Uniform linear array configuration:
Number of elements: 12
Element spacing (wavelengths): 0.25
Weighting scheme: exponential
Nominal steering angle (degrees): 45
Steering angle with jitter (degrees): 46.912
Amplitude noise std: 0.05
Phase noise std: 0.05

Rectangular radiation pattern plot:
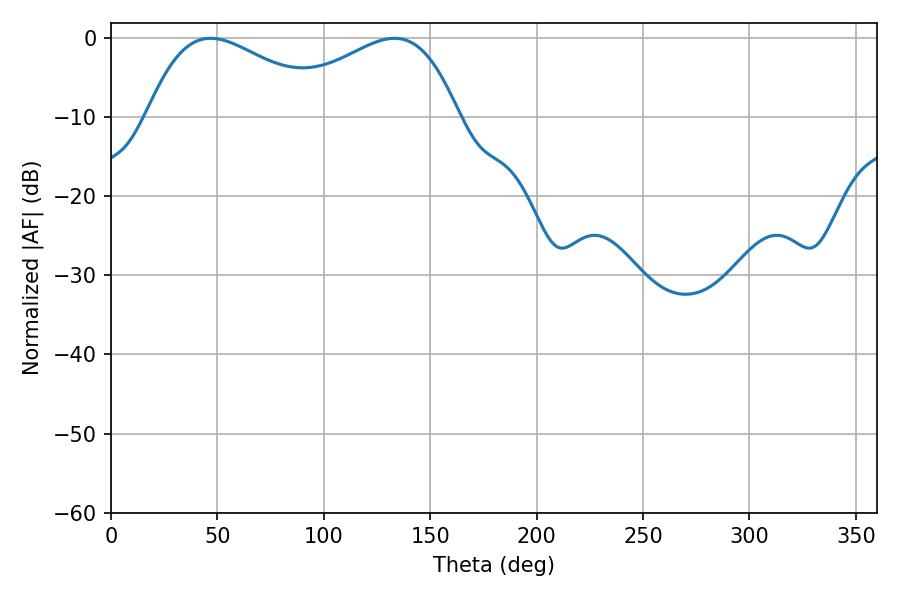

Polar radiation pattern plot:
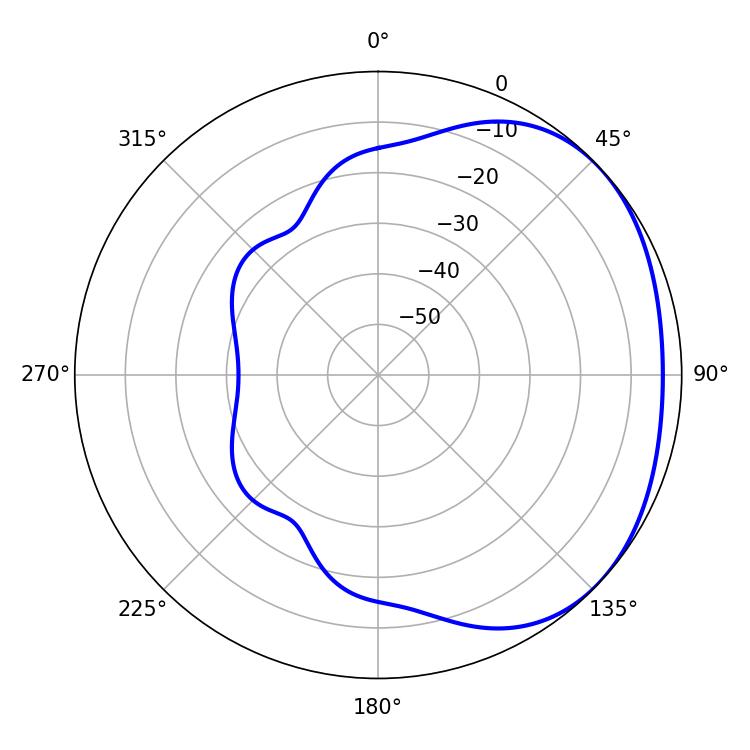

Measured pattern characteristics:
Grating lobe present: FALSE
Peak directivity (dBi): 2.03
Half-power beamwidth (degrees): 47.16
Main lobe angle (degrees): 46.8